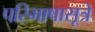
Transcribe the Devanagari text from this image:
परिभाषासूत्रे